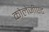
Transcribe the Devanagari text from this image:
कोलेजीएट